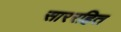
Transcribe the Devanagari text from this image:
साररहित